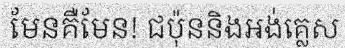
មែនគឺមែន! ជប៉ុននិងអង់គ្លេស